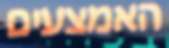
האמצעים